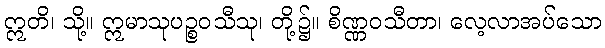
ဣတိ၊ သို့။ ဣမာသုပဉ္စဝသီသု၊ တို့၌။ စိဏ္ဏဝသီတာ၊ လေ့လာအပ်သော